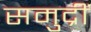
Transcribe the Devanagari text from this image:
समुद्रीं